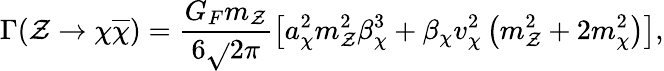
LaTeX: \Gamma(\mathcal{Z}\to\chi\overline{{{{\chi}}}})=\frac{{G_{F}m_{\mathcal{Z}}}}{{6\sqrt{}{{2}}\pi}}\left[a_{\chi}^{2}m_{\mathcal{Z}}^{2}\beta_{\chi}^{3}+\beta_{\chi}v_{\chi}^{2}\left(m_{\mathcal{Z}}^{2}+2m_{\chi}^{2}\right)\right],